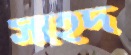
সহেদ